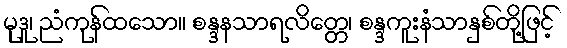
မုဒူ၊ ညံကုန်ထသော။ စန္ဒနသာရလိတ္တေ၊ စန္ဒကူးနံသာနှစ်တို့ဖြင့်